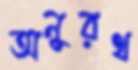
অনুরথ